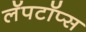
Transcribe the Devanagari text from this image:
लॅपटॉप्स